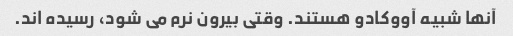
آنها شبیه آووکادو هستند. وقتی بیرون نرم می شود، رسیده اند.